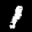
Label: 1